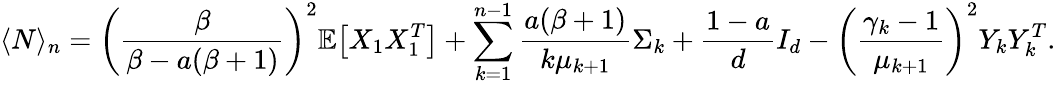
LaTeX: \langle N\rangle_{n}=\bigg(\frac{\beta}{\beta-a(\beta+1)}\bigg)^{2}\mathbb{E}\big[X_{1}X_{1}^{T}\big]+\sum_{k=1}^{n-1}\frac{a(\beta+1)}{k\mu_{k+1}}\Sigma_{k}+\frac{1-a}{d}I_{d}-\bigg(\frac{\gamma_{k}-1}{\mu_{k+1}}\bigg)^{2}Y_{k}Y_{k}^{T}.